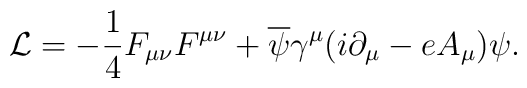
{\cal L} = -{1\over 4} F_{\mu\nu}F^{\mu\nu} + {\overline  {\psi}}\gamma^{\mu}(i\partial_{\mu} - e A_{\mu})\psi.